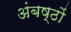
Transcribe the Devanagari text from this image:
अंबष्ठों